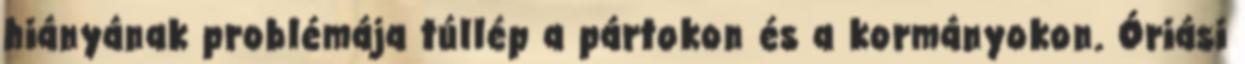
hiányának problémája túllép a pártokon és a kormányokon. Óriási